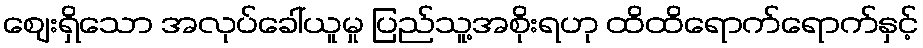
ဈေးရှိသော အလုပ်ခေါ်ယူမှု ပြည်သူ့အစိုးရဟု ထိထိရောက်ရောက်နှင့်